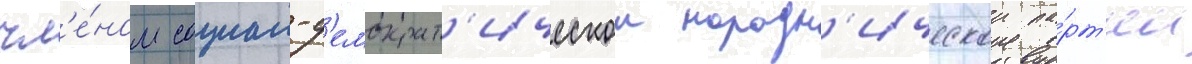
чл'е́ном социал-д'емократ'ическои народн'ическои па́рт'ии